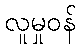
လူမှုဝန်